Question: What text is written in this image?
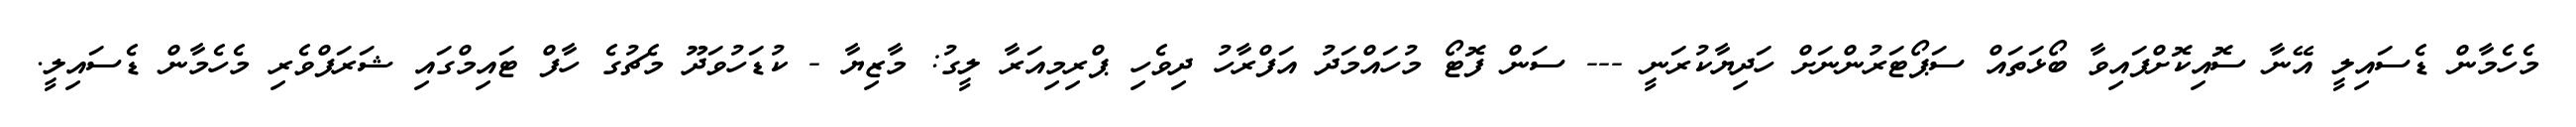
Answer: މެހެމާން ޑެސައިލީ އޭނާ ސޮއިކޮށްފައިވާ ބޯޅަތައް ސަޕޯޓަރުންނަށް ހަދިޔާކުރަނީ --- ސަން ފޮޓޯ މުހައްމަދު އަފްރާހު ދިވެހި ޕްރިމިއަރާ ލީގު: މާޒިޔާ - ކުޑަހުވަދޫ މެޗުގެ ހާފް ޓައިމްގައި ޝަރަފްވެރި މެހެމާން ޑެސައިލީ.